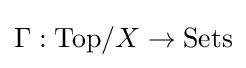
\Gamma :{\text{Top}}/X\to {\text{Sets}}